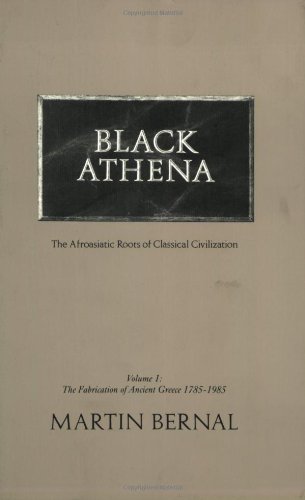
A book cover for Black Athena: The Afroasiatic Roots of Classical Civilization (The Fabrication of Ancient Greece 1785-1985, Volume 1); Martin Bernal; History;